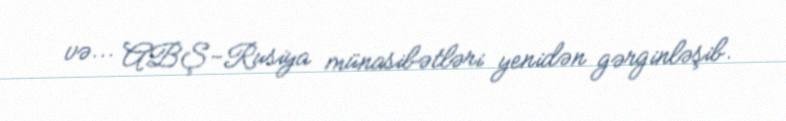
və... ABŞ-Rusiya münasibətləri yenidən gərginləşib.